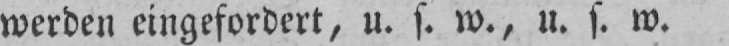
werden eingefordert, u. s. w., u. s. w.